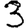
Digit: 3